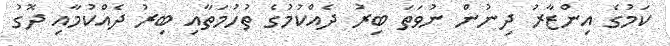
ކަމުގެ އިންޒާރު ދިނުން ނުވަތަ ބިރު ދެއްކުމުގެ ތުހުމަތާއި ބިރު ދެއްކުމާއި ދޮގު